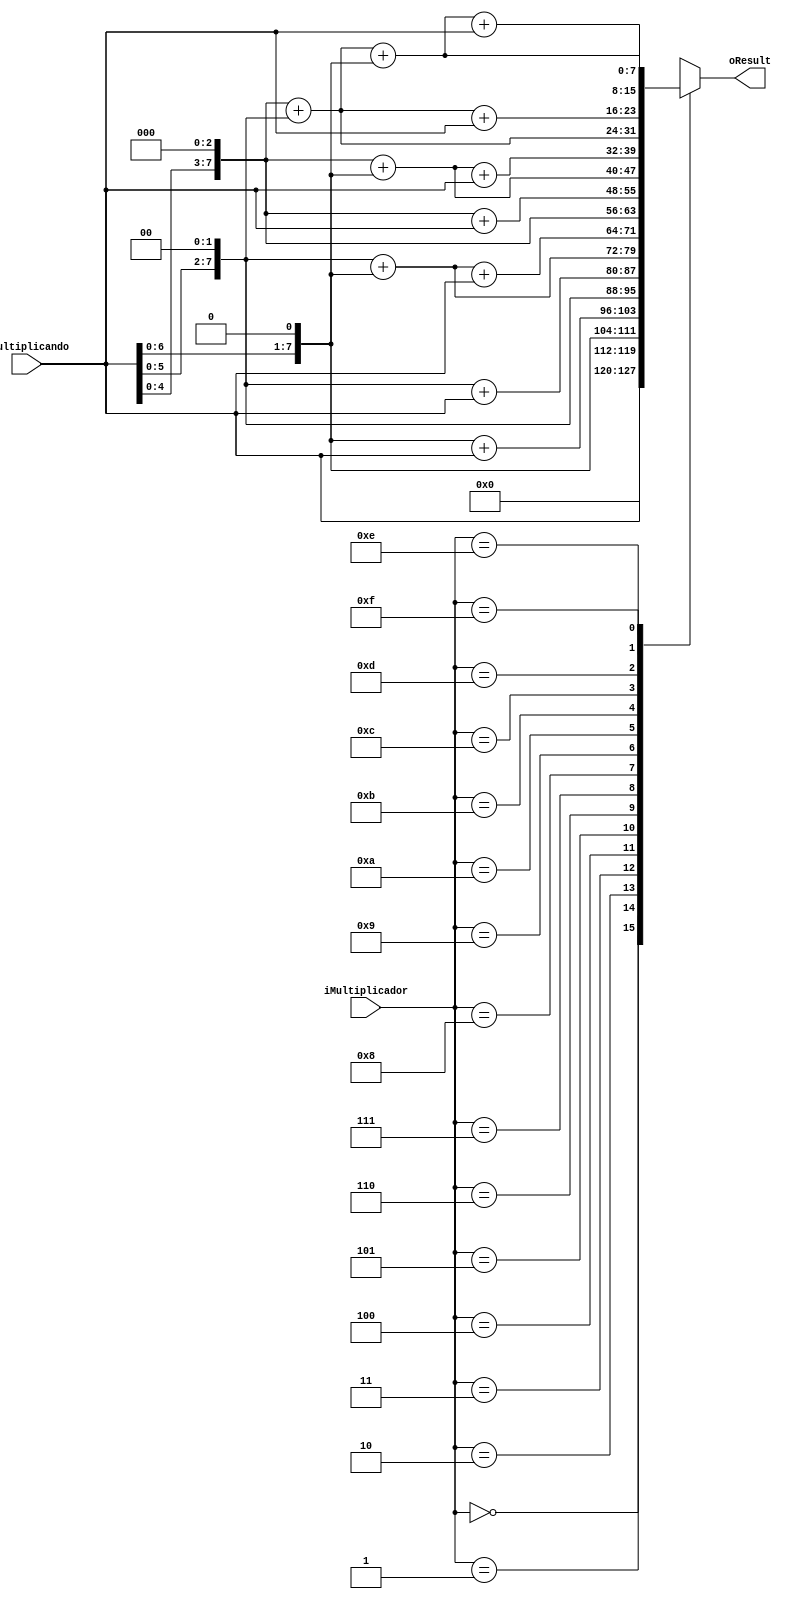
module multiplicador4bits(
input wire [3:0] iMultiplicador,
input wire [7:0] iMultiplicando,
output reg [7:0] oResult );
always @(*)
case(iMultiplicador)
	0:oResult=0;
	1:oResult=iMultiplicando;
   2:oResult=iMultiplicando<<1;
	3:oResult=(iMultiplicando<<1) +iMultiplicando;
	4:oResult=(iMultiplicando<<2);
	5:oResult=(iMultiplicando<<2)+iMultiplicando;
	6:oResult=(iMultiplicando<<2)+(iMultiplicando<<1);
	7:oResult=(iMultiplicando<<2)+(iMultiplicando<<1)+iMultiplicando;
	8:oResult=iMultiplicando<<3;
	9:oResult=(iMultiplicando<<3)+iMultiplicando;
	10:oResult=(iMultiplicando<<3)+(iMultiplicando<<1);
	11:oResult=(iMultiplicando<<3)+(iMultiplicando<<1)+iMultiplicando;
   12:oResult=(iMultiplicando<<3)+(iMultiplicando<<2);
	13:oResult=(iMultiplicando<<3)+(iMultiplicando<<2)+ iMultiplicando;
  14:oResult=(iMultiplicando<<3)+(iMultiplicando<<2)+ (iMultiplicando<<1);
  15:oResult=(iMultiplicando<<3)+(iMultiplicando<<2)+ (iMultiplicando<<1) + iMultiplicando;
endcase
endmodule